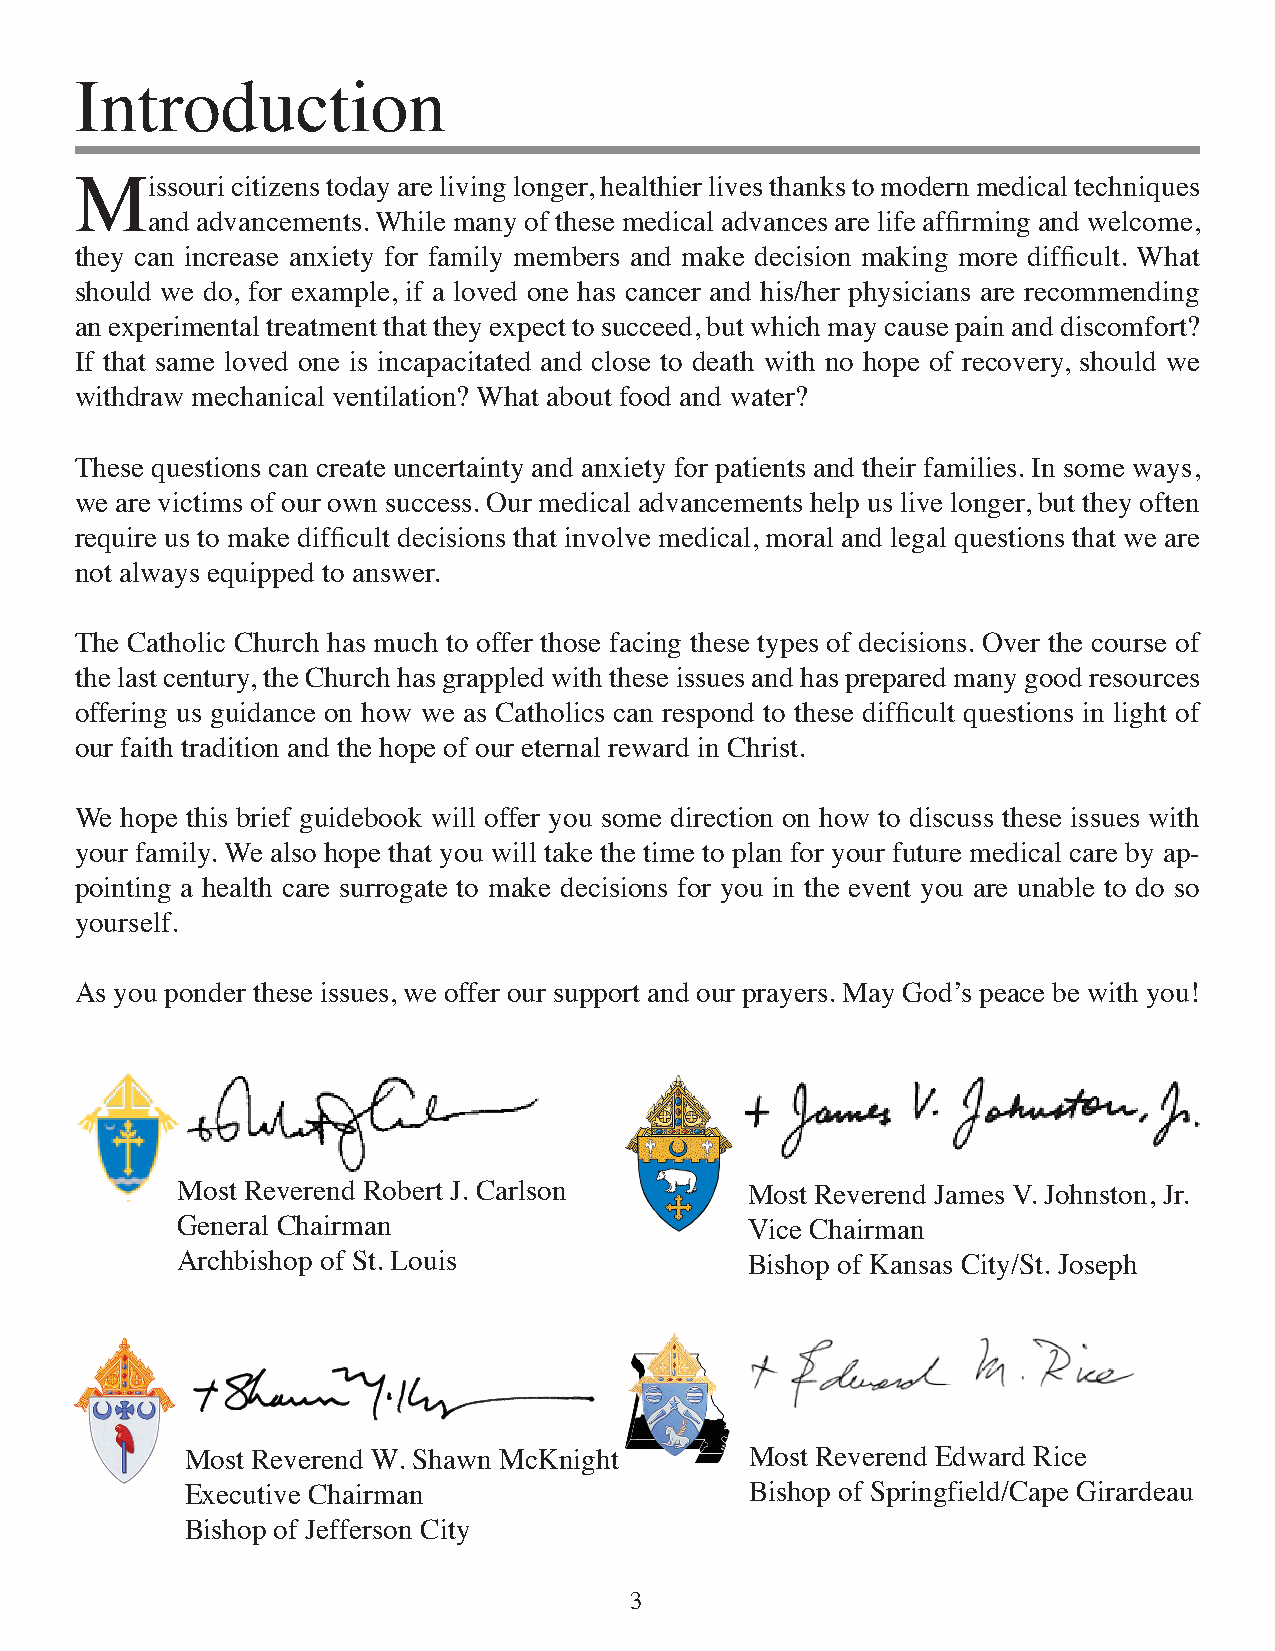
Introduction
 Missouri  citizens today are living longer, healthier lives thanks to modern medical techniques
 and advancements. While many of these medical advances are life affirming and welcome,
 they can increase anxiety for family members and make decision making more difficult. What
 should we do, for example, if a loved one has cancer and his/her physicians are recommending
 an experimental treatment that they expect to succeed, but which may cause pain and discomfort?
 If that same loved one is incapacitated and close to death with no hope of recovery, should we
 withdraw mechanical ventilation? What about food and water?
 These questions can create uncertainty and anxiety for patients and their families. In some ways,
 we are victims of our own success. Our medical advancements help us live longer, but they often
 require us to make difficult decisions that involve medical, moral and legal questions that we are
 not always equipped to answer.
 The Catholic Church has much to offer those facing these types of decisions. Over the course of
 the last century, the Church has grappled with these issues and has prepared many good resources
 offering us guidance on how we as Catholics can respond to these difficult questions in light of
 our faith tradition and the hope of our eternal reward in Christ.
 We hope this brief guidebook will offer you some direction on how to discuss these issues with
 your family. We also hope that you will take the time to plan for your future medical care by ap-
 pointing a health care surrogate to make decisions for you in the event you are unable to do so
 yourself.
 As you ponder these issues, we offer our support and our prayers. May God’s peace be with you!
 Most Reverend Robert J. Carlson      Most Reverend James V. Johnston, Jr.
 General Chairman                     Vice Chairman
 Archbishop of St. Louis              Bishop of Kansas City/St. Joseph
 Most Reverend W. Shawn McKnight       Most Reverend Edward Rice
 Executive Chairman                    Bishop of Springfield/Cape Girardeau
 Bishop of Jefferson City
 3